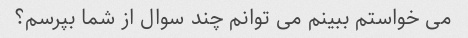
می خواستم ببینم می توانم چند سوال از شما بپرسم؟